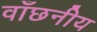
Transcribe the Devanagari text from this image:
वाँछनीय